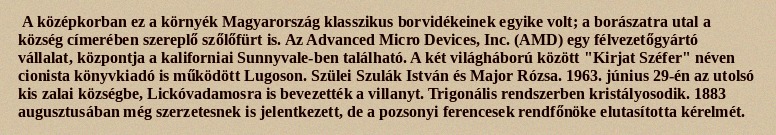
A középkorban ez a környék Magyarország klasszikus borvidékeinek egyike volt; a borászatra utal a község címerében szereplő szőlőfürt is. Az Advanced Micro Devices, Inc. (AMD) egy félvezetőgyártó vállalat, központja a kaliforniai Sunnyvale-ben található. A két világháború között "Kirjat Széfer" néven cionista könyvkiadó is működött Lugoson. Szülei Szulák István és Major Rózsa. 1963. június 29-én az utolsó kis zalai községbe, Lickóvadamosra is bevezették a villanyt. Trigonális rendszerben kristályosodik. 1883 augusztusában még szerzetesnek is jelentkezett, de a pozsonyi ferencesek rendfőnöke elutasította kérelmét.